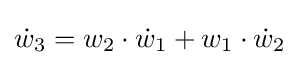
{\dot {w}}_{3}=w_{2}\cdot {\dot {w}}_{1}+w_{1}\cdot {\dot {w}}_{2}